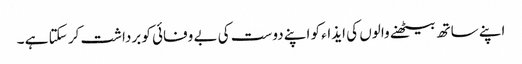
اپنے ساتھ بیٹھنے والوں کی ایذاء کو اپنے دوست کی بے وفائی کو برداشت کر سکتا ہے ۔